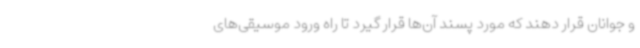
و جوانان قرار دهند که مورد پسند آن‌ها قرار گیرد تا راه ورود موسیقی‌های